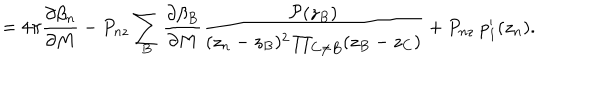
= 4 \pi \frac { \partial \beta _ { n } } { \partial M } - P _ { n z } \sum _ { B } \frac { \partial \beta _ { B } } { \partial M } \frac { { \cal P } ( z _ { B } ) } { ( z _ { n } - z _ { B } ) ^ { 2 } \prod _ { C \neq B } ( z _ { B } - z _ { C } ) } + P _ { n z } ~ p _ { 1 } ^ { \prime } ( z _ { n } ) .